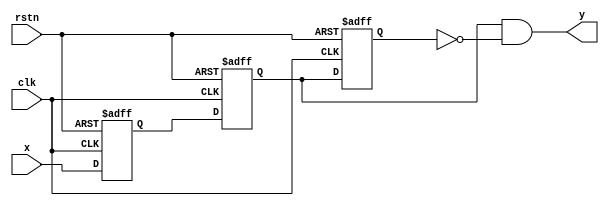
`timescale 1ns / 1ps
//////////////////////////////////////////////////////////////////////////////////
// Company: USTC
// 
// Design Name: PS
// Module Name: PS
// Project Name: LABH2
// Target Devices: xc7a100tcsg324-1
// Tool Versions: Vivado 2022.1
// Description: get edges
// 
// Dependencies: None
// 
// Revision: v1.0
// Revision 0.01 - File Created
// Additional Comments:None
// 
//////////////////////////////////////////////////////////////////////////////////

module PS #(parameter WIDTH = 16)(
    input x,
    input clk,rstn,
    output y
    ); 
    reg delay1;
    reg delay2;
    reg delay3;
    always @(posedge clk or negedge rstn) begin
        if(!rstn) begin
            delay1 <= 0;
            delay2 <= 0;
            delay3 <= 0;
        end
        else begin
            delay1 <= x;
            delay2 <= delay1;
            delay3 <= delay2;
        end
    end
    assign y = delay2 & ~delay3;
endmodule